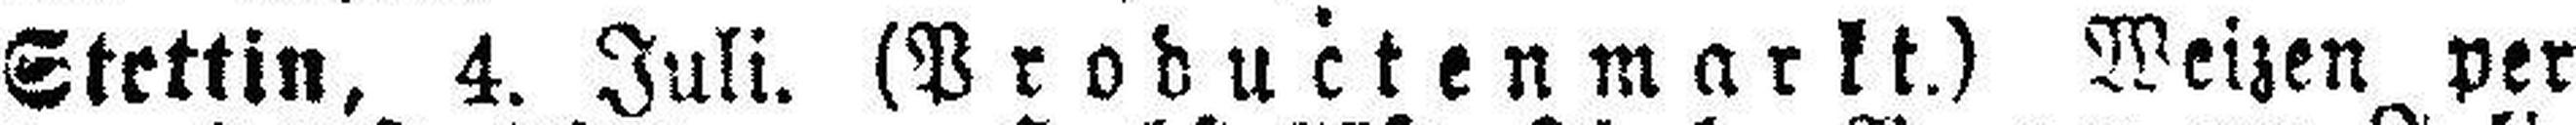
Stettin, 4. Juli. (Productenmarkt.) Weizen per